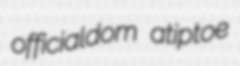
officialdom atiptoe